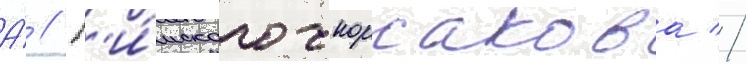
А́ // Р'и́мского-корсакова //